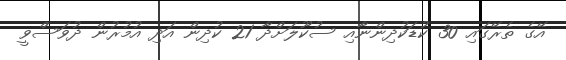
އޭގެ ތެރޭގައި 30 ކުޑަކުދިންނާއި ސުކޫލަށްދާ 21 ކުދިން އަދި އުމުރުން ދުވަސްވީ